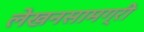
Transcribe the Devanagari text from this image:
लेखनसामग्री